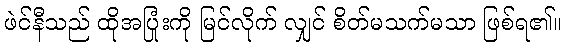
ဖဲင်နီသည် ထိုအပြုံးကို မြင်လိုက် လျှင် စိတ်မသက်မသာ ဖြစ်ရ၏။